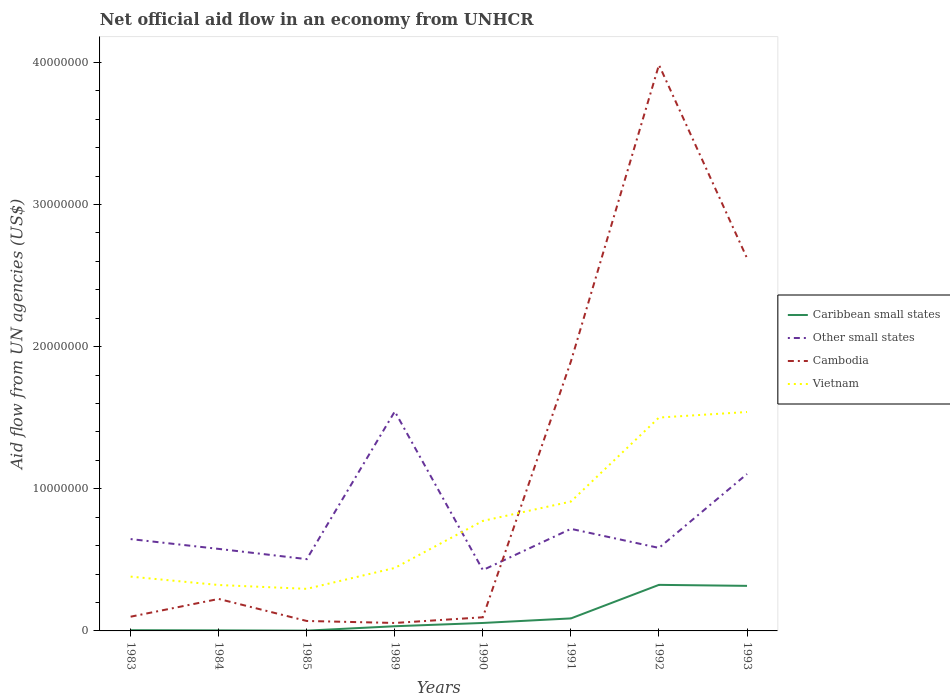
| Years | Caribbean small states | Other small states | Cambodia | Vietnam |
 | --- | --- | --- | --- | --- |
 | 1983 | 5e+04 | 6.46e+06 | 1e+06 | 3.82e+06 |
 | 1984 | 4e+04 | 5.77e+06 | 2.25e+06 | 3.23e+06 |
 | 1985 | 2e+04 | 5.05e+06 | 7e+05 | 2.96e+06 |
 | 1989 | 3.3e+05 | 1.54e+07 | 5.6e+05 | 4.43e+06 |
 | 1990 | 5.6e+05 | 4.28e+06 | 9.6e+05 | 7.74e+06 |
 | 1991 | 8.8e+05 | 7.18e+06 | 1.9e+07 | 9.1e+06 |
 | 1992 | 3.24e+06 | 5.84e+06 | 3.98e+07 | 1.5e+07 |
 | 1993 | 3.17e+06 | 1.1e+07 | 2.62e+07 | 1.54e+07 |